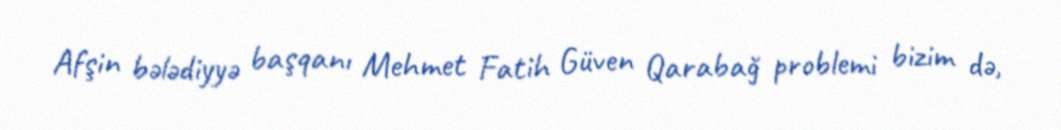
Afşin bələdiyyə başqanı Mehmet Fatih Güven Qarabağ problemi bizim də,